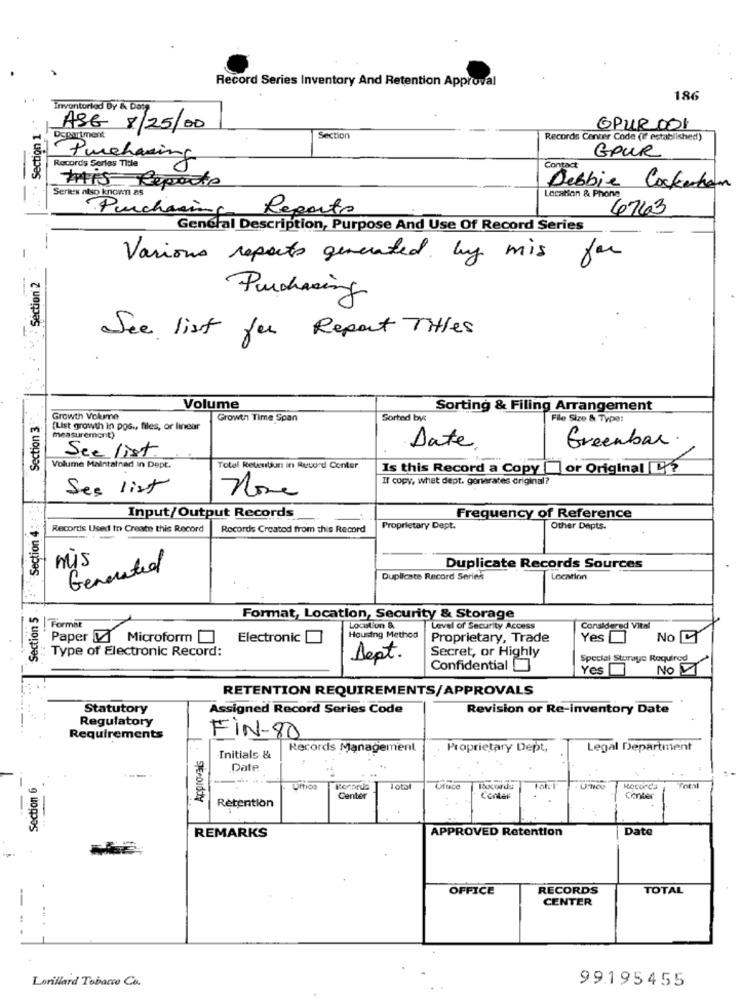
Record Series Inventory And Retention Approval
186
Inventoriod Dy & Dat?
. Section 1 .
ASG 8/25/00
GPUR 001
Oseartment
Section
Records Center Code (If established)
Purchasing
GOUR
Records Series Title
Contact
THIS Reports
Series also known as
Debbie Cockerton
Localan & Phone
Purchasing
Reports
6763
--.
General Description, Purpose And Use Of Record Series
Various reports generated by mis
for
S .. . : M : Séction.2
Purchasing
See list for Report Titles
Section 3
Volume
Sorting & Filing Arrangement
Growth Volume
Growth Time Span
Sorted by:
File Size & Type:
(List growth in pos ., files, or linear
measurement)
Greenbar.
See list
Date
Volume Maintained in Dept.
Total Retention in Ruvord Conter
Is this Record a Copy or Original 1 5
If copy, what dept. gorirates original?
:"Section 4: :
Ses list
none
Input/Output Records
Frequency of Reference
Recordis Used to Create this Record
Records Created from this Record
Proprietary Dept.
Other Depts.
mis
Generated
Duplicate Records Sources
Duplicate Record Serink
Location
Section 5
Formar
Format, Location, Security & Storage
Location &
Level of Security Access
Considered Vital
Paper & Microform
Electronic
Housing Method
Proprietary, Trade
Yes
No L
Secret, or Highly
Type of Electronic Record:
Dept.
Special Sturaye Required
Confidential
Yes
NO 1
RETENTION REQUIREMENTS/APPROVALS
Statutory
Assigned Record Series Code
Revision or Re-inventory Date
Regulatory
Requirements
Approvals
FIN-80
Records Management
Proprietary Dept,
Legal Department
Initials &
Date
Section 6
---.
-
Dittico
Tota
Recorda
Center
Center
Center
Retention
Date
REMARKS
APPROVED Retention
OFFICE
RECORDS
TOTAL
CENTER
Lorillard Tobacco Co.
99195455